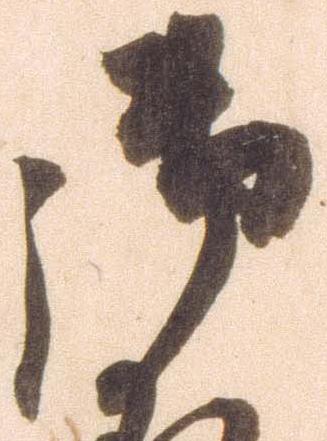
御